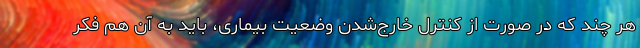
هر چند که در صورت از کنترل خارج‌شدن وضعیت بیماری، باید به آن هم فکر